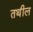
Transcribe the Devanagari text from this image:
तथील